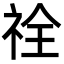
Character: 𮁵